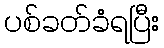
ပစ်ခတ်ခံရပြီး